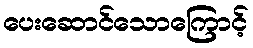
ပေးဆောင်သောကြောင့်